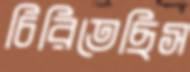
চিরিতেছিস